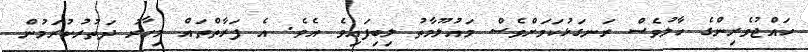
ހައްޖުވެރިންގެ ހާލުވެސް ރަނގަޅުކަމަށްވެސް މައުލޫމާތު ލިބިފައިވެ އެވެ. އެ ފަރާތްތައް މިހާރު ދަތުރުކުރަމުން